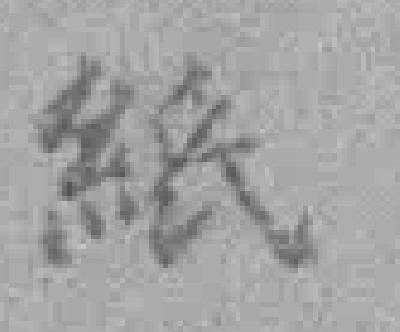
紙